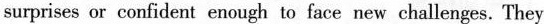
surprises or confident enough to face new challenges. They